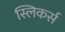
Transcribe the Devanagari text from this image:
स्लिकर्स